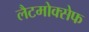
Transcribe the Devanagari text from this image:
लैटमोक्सेफ